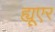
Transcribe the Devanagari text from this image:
ह्यूएर